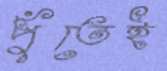
পুঁতেই